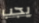
يجب